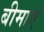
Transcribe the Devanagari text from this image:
बीमाएं